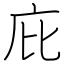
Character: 庇